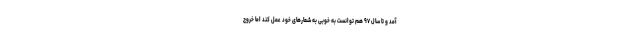
آمد و تا سال ۹۷ هم توانست به خوبی به شعارهای خود عمل کند اما خروج